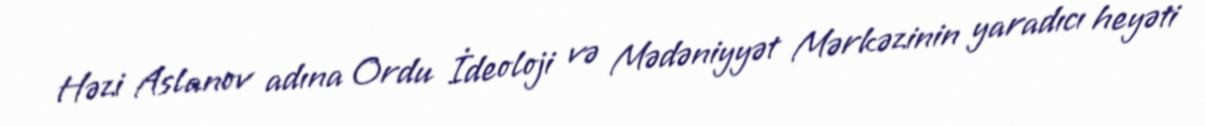
Həzi Aslanov adına Ordu İdeoloji və Mədəniyyət Mərkəzinin yaradıcı heyəti